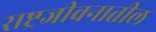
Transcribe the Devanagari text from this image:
राष्ट्रजीवनातील